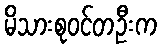
မိသားစုဝင်တဦးက